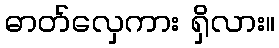
ဓာတ်လှေကား ရှိလား။